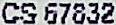
CS 67832